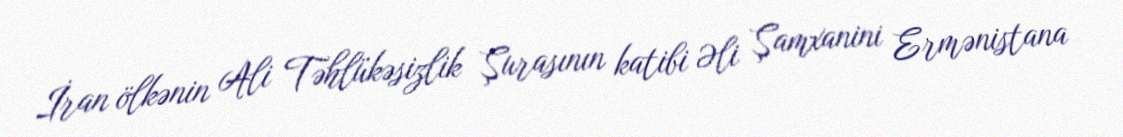
İran ölkənin Ali Təhlükəsizlik Şurasının katibi Əli Şamxanini Ermənistana